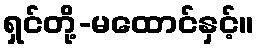
ရှင်တို့-မထောင်နှင့်။